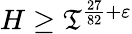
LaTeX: H\geq\mathfrak{T}^{{\frac{{27}}{{82}}}+\varepsilon}